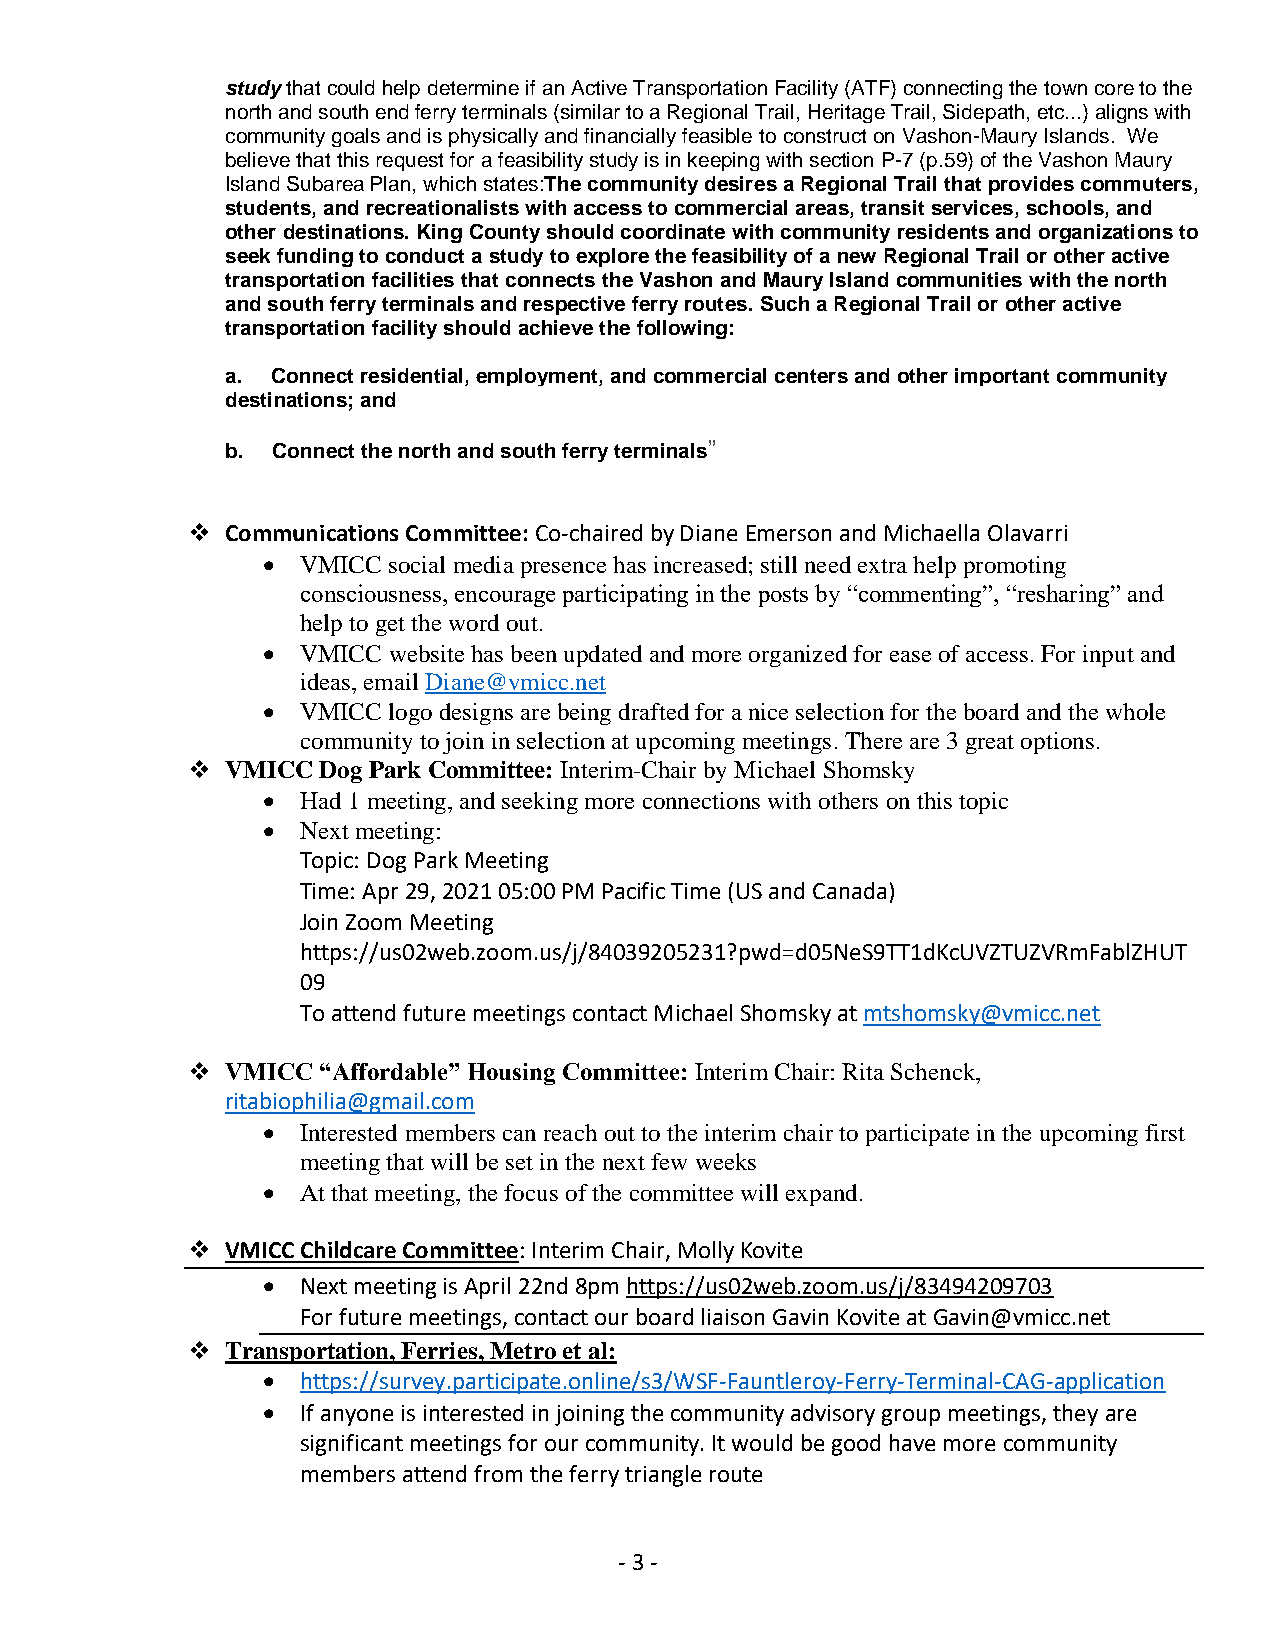
study that could help determine if an Active Transportation Facility (ATF) connecting the town core to the
 north and south end ferry terminals (similar to a Regional Trail, Heritage Trail, Sidepath, etc...) aligns with
 community goals and is physically and financially feasible to construct on Vashon-Maury Islands. We
 believe that this request for a feasibility study is in keeping with section P-7 (p.59) of the Vashon Maury
 Island Subarea Plan, which states:The community desires a Regional Trail that provides commuters,
 students, and recreationalists with access to commercial areas, transit services, schools, and
 other destinations. King County should coordinate with community residents and organizations to
 seek funding to conduct a study to explore the feasibility of a new Regional Trail or other active
 transportation facilities that connects the Vashon and Maury Island communities with the north
 and south ferry terminals and respective ferry routes. Such a Regional Trail or other active
 transportation facility should achieve the following:
 a. Connect residential, employment, and commercial centers and other important community
 destinations; and
 b. Connect the north and south ferry terminals”
 ❖  Communications Committee: Co-chaired by Diane Emerson and Michaella Olavarri
 •  VMICC social media presence has increased; still need extra help promoting
 consciousness, encourage participating in the posts by “commenting”, “resharing” and
 help to get the word out.
 •  VMICC website has been updated and more organized for ease of access. For input and
 ideas, email Diane@vmicc.net
 •  VMICC logo designs are being drafted for a nice selection for the board and the whole
 community to join in selection at upcoming meetings. There are 3 great options.
 ❖  VMICC Dog Park Committee: Interim-Chair by Michael Shomsky
 •  Had 1 meeting, and seeking more connections with others on this topic
 •  Next meeting:
 Topic: Dog Park Meeting
 Time: Apr 29, 2021 05:00 PM Pacific Time (US and Canada)
 Join Zoom Meeting
 https://us02web.zoom.us/j/84039205231?pwd=d05NeS9TT1dKcUVZTUZVRmFablZHUT
 09
 To attend future meetings contact Michael Shomsky at mtshomsky@vmicc.net
 ❖  VMICC “Affordable” Housing Committee: Interim Chair: Rita Schenck,
 ritabiophilia@gmail.com
 •  Interested members can reach out to the interim chair to participate in the upcoming first
 meeting that will be set in the next few weeks
 •  At that meeting, the focus of the committee will expand.
 ❖  VMICC Childcare Committee: Interim Chair, Molly Kovite
 •  Next meeting is April 22nd 8pm https://us02web.zoom.us/j/83494209703
 For future meetings, contact our board liaison Gavin Kovite at Gavin@vmicc.net
 ❖  Transportation, Ferries, Metro et al:
 •  https://survey.participate.online/s3/WSF-Fauntleroy-Ferry-Terminal-CAG-application
 •  If anyone is interested in joining the community advisory group meetings, they are
 significant meetings for our community. It would be good have more community
 members attend from the ferry triangle route
 - 3 -